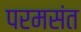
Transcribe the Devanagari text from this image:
परमसंत